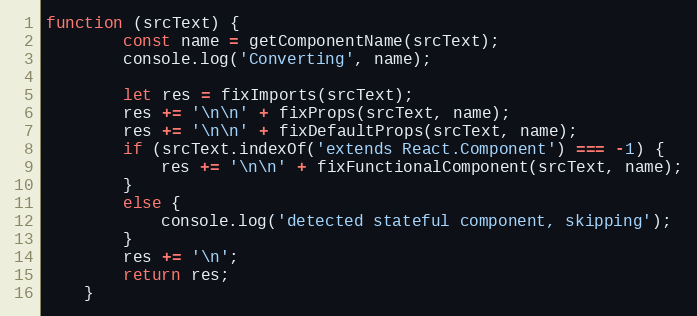
Language: JavaScript
function (srcText) {
        const name = getComponentName(srcText);
        console.log('Converting', name);

        let res = fixImports(srcText);
        res += '\n\n' + fixProps(srcText, name);
        res += '\n\n' + fixDefaultProps(srcText, name);
        if (srcText.indexOf('extends React.Component') === -1) {
            res += '\n\n' + fixFunctionalComponent(srcText, name);
        }
        else {
            console.log('detected stateful component, skipping');
        }
        res += '\n';
        return res;
    }